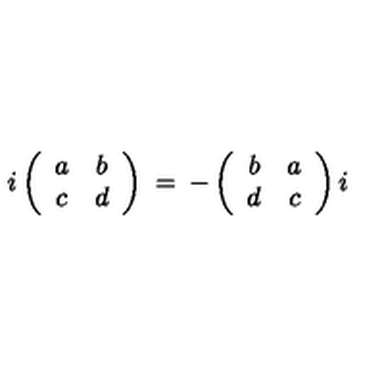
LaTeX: i \left( \begin{array} { c c } { a } & { b } \\ { c } & { d } \\ \end{array} \right) \: = \: - \left( \begin{array} { c c } { b } & { a } \\ { d } & { c } \\ \end{array} \right) i